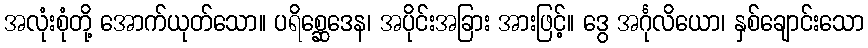
အလုံးစုံတို့ အောက်ယုတ်သော။ ပရိစ္ဆေဒေန၊ အပိုင်းအခြား အားဖြင့်။ ဒွေ အင်္ဂုလိယော၊ နှစ်ချောင်းသော